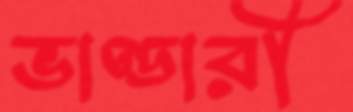
ভাণ্ডারী